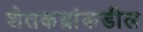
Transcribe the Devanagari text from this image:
शेतकय्रांकडील